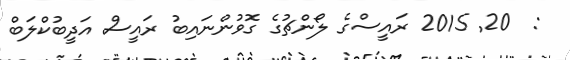
:  20